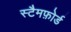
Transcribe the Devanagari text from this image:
स्टैमफ़ोर्ड